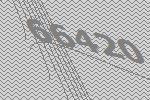
66420